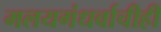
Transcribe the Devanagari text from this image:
मलयगंधर्वाचीही